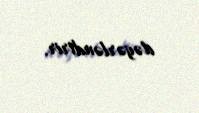
dəyərləndirir.